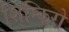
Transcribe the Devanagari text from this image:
शिन्किरो